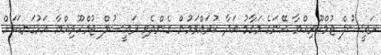
ރައީސުލް ޖުމްހޫރިއްޔާ އޭނަގެ މަގާމު އަދާ ކުރައްވަމުން ގެންދެވި ރައީސުލް ޖުމްހޫރިއްޔާ އަޅުގަނޑަކަށް